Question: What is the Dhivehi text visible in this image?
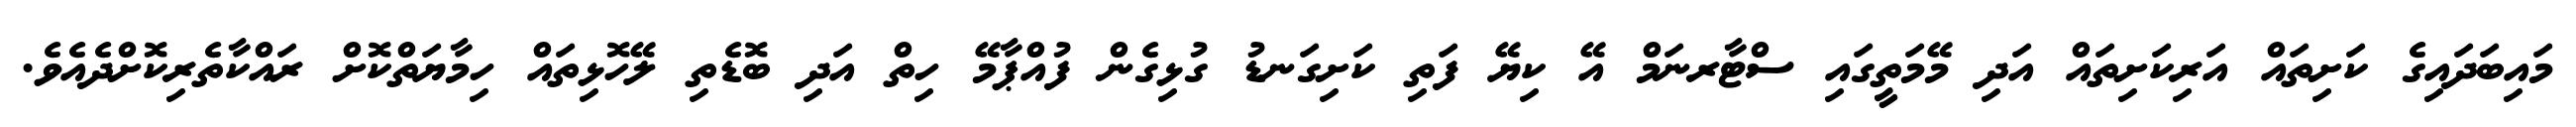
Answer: މައިބަދައިގެ ކަށިތައް އަރިކަށިތައް އަދި މޭމަތީގައި ސްޓާރނަމް އޭ ކިޔޭ ފަތި ކަށިގަނޑު ގުޅިގެން ފުއްޕާމޭ ހިތް އަދި ބޮޑެތި ލޭހޮޅިތައް ހިމާޔަތްކޮށް ރައްކާތެރިކޮށްދެއެވެ.